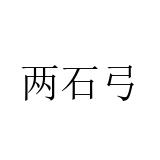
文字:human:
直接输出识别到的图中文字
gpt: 两石弓